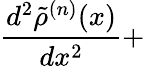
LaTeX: \frac{d^{2}\tilde{\rho}^{(n)}(x)}{dx^{2}}+